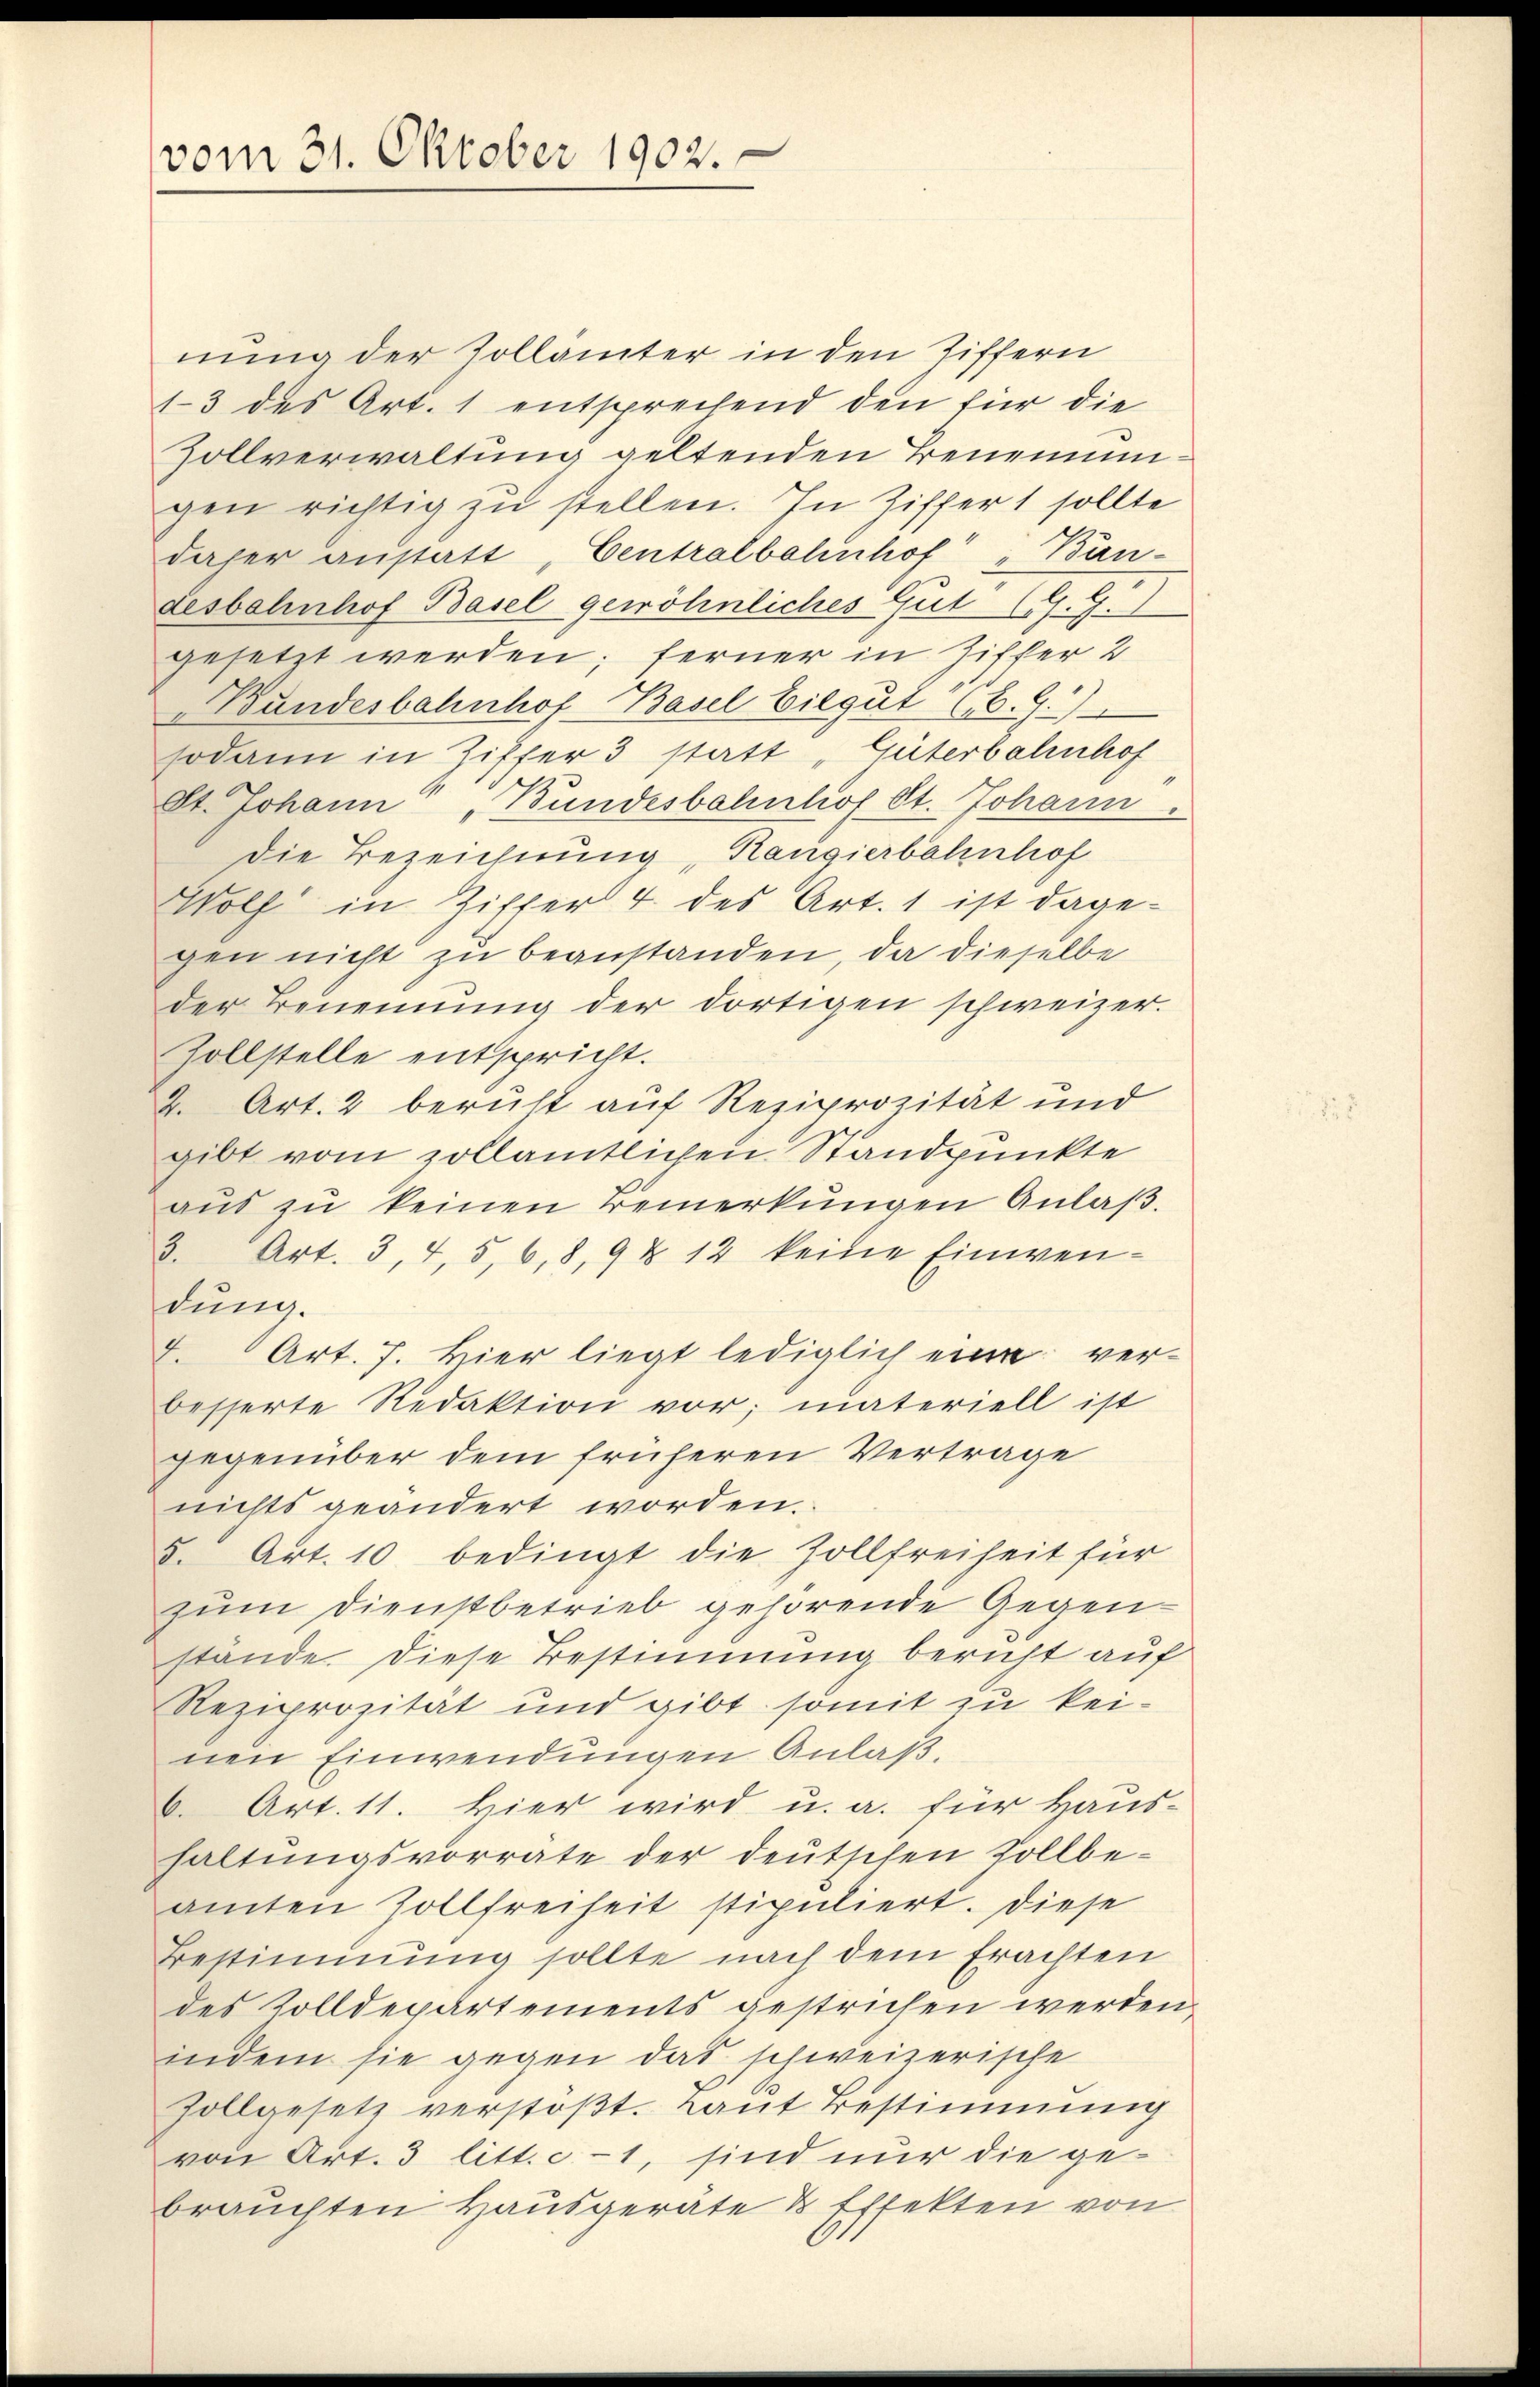
vom 31. Oktober 1902.

nung der Zollämter in den Ziffern
13 des Art. 1 entsprechend den für die
Zollverwaltung geltenden Benennungen richtig zu stellen. In Ziffert sollte
daher anstatt , Centralbahnhof Bän-
desbahnhof Basel gewöhnliches Gut (. G.
gesetzt werden; ferner in Ziffer 2
„Bundesbahnhof Basel Eilgut (6. 9.)
sodann in Ziffer 3 statt Güterbahnhof
St. Johann „Bundesbahnhof St. Johann
Die Bezeichnung, Rangierbahnhof
Wolf in Ziffer 4 des Art. 1 ist dage-
gen nicht zu beanstanden, da dieselbe
der Benennung der dortigen schweizer.
Zollstelle entspricht.
2. Art. 2 beruht auf Reziprozität und
gibt vom zollamtlichen Standpunkte
aŭs zŭ keinen Bemerkŭngen Anlaβ.
3. Art. 3, 4, 5, 6, 8, 9 & 12 keine Einwen-
dung.
f. Art. 7. Hier liegt lediglich eine ver-
besserte Redaktion vor; materiell ist
gegenüber dem früheren Vertrage
nichts geändert worden.
5. Art. 10 bedingt die Zollfreiheit für
zum Dienstbetrieb gehörende Gegenstände. Diese Bestimmung bericht auf
Reziprozität und gibt somit zu keinen Einwendungen Anlaß,
6. Art. 11. Hier wird u. a. für Haus-
haltungsvorräte der deutschen Zollbe-
amten Zollfreiheit stipuliert. Diese
Bestimmung sollte nach dem Erachten
des Zolldepartements gestrichen werden.
indem sie gegen das schweizerische
Zollgesetz verstöβt. Laut Bestimmung
von Art. 3 litt. c 1, sind nur die gebrauchten Hausgeräte & Effekten von